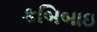
કબિબાઇ